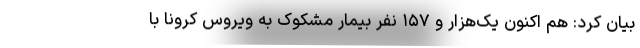
بیان کرد: هم اکنون یک‌هزار و ۱۵۷ نفر بیمار مشکوک به ویروس کرونا با